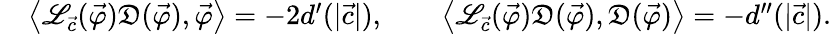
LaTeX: \begin{array}{rl}&{\left\langle\mathscr{L}_{\vec{c}}(\vec{\varphi})\mathfrak{D}(\vec{\varphi}),\vec{\varphi}\right\rangle=-2d^{\prime}(|{\vec{c}}|),\qquad\left\langle\mathscr{L}_{\vec{c}}(\vec{\varphi})\mathfrak{D}(\vec{\varphi}),\mathfrak{D}(\vec{\varphi})\right\rangle=-d^{\prime\prime}(|{\vec{c}}|).}\end{array}